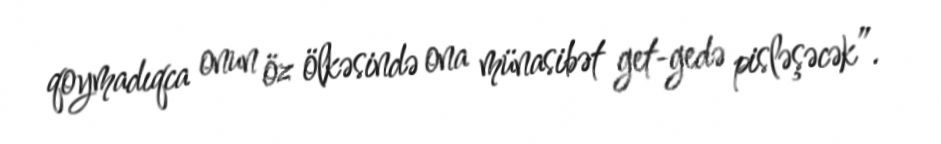
qoymadıqca onun öz ölkəsində ona münasibət get-gedə pisləşəcək”.